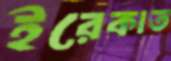
ইরেকাত